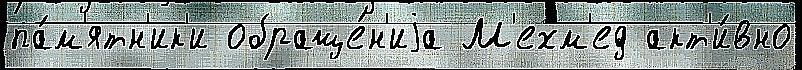
па́м'ятн'ик'и обраще́н'иjа М'ехм'ед акт'и́вно